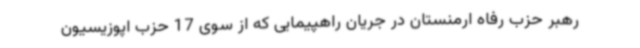
رهبر حزب رفاه ارمنستان در جریان راهپیمایی که از سوی 17 حزب اپوزیسیون